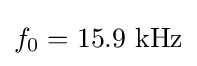
f_{0}=15.9~{\text{kHz}}